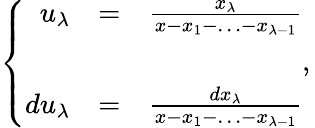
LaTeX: \left\{ \begin{array}{rcl}{{u_{\lambda}}}&{{=}}&{{\frac{x_{\lambda}}{x-x_{1}-\ldots-x_{\lambda-1}}}}\\ {{}}&{{}}&{{}}\\ {{du_{\lambda}}}&{{=}}&{{\frac{dx_{\lambda}}{x-x_{1}-\ldots-x_{\lambda-1}}}}\end{array},\right.